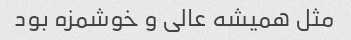
مثل همیشه عالی و خوشمزه بود